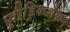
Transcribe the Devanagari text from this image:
फ़्रीड्रिकशैफ़न